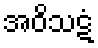
အဝိသဋံ